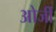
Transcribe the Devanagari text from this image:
ओर्जी